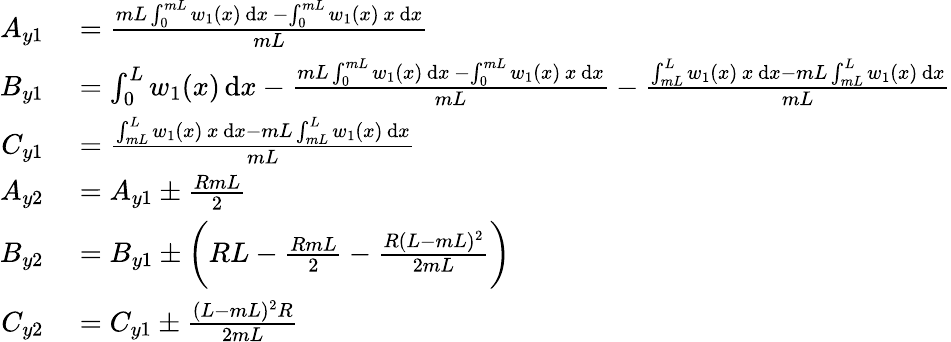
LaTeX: \begin{array}{rl}{A_{y1}}&{{}=\frac{mL\int_{0}^{mL}w_{1}(x)\, \mathrm{d}x\, -\int_{0}^{mL}w_{1}(x)\, x\, \mathrm{d}x}{mL}}\\ {B_{y1}}&{{}=\int_{0}^{L}w_{1}(x)\, \mathrm{d}x-\frac{mL\int_{0}^{mL}w_{1}(x)\, \mathrm{d}x\, -\int_{0}^{mL}w_{1}(x)\, x\, \mathrm{d}x}{mL}-\frac{\int_{mL}^{L}w_{1}(x)\, x\, \mathrm{d}x-mL\int_{mL}^{L}w_{1}(x)\, \mathrm{d}x}{mL}}\\ {C_{y1}}&{{}=\frac{\int_{mL}^{L}w_{1}(x)\, x\, \mathrm{d}x-mL\int_{mL}^{L}w_{1}(x)\, \mathrm{d}x}{mL}}\\ {A_{y2}}&{{}=A_{y1}\pm\frac{RmL}{2}}\\ {B_{y2}}&{{}=B_{y1}\pm\bigg(RL-\frac{RmL}{2}-\frac{R(L-mL)^{2}}{2mL}\bigg)}\\ {C_{y2}}&{{}=C_{y1}\pm\frac{(L-mL)^{2}R}{2mL}}\end{array}